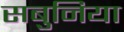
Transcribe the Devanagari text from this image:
सबुनिया